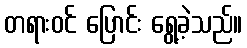
တရားဝင် ပြောင်း ရွေ့ခဲ့သည်။